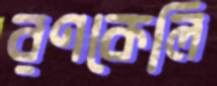
রণকেলি